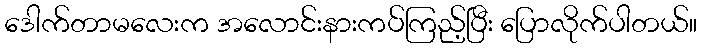
ဒေါက်တာမလေးက အလောင်းနားကပ်ကြည့်ပြီး ပြောလိုက်ပါတယ်။